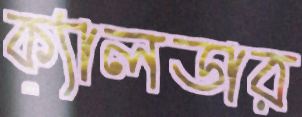
ক্যালডার